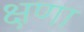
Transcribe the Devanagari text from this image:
क्षणा